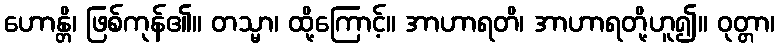
ဟောန္တိ၊ ဖြစ်ကုန်၏။ တသ္မာ၊ ထို့ကြောင့်။ အာဟာရတိ၊ အာဟာရတို့ဟူ၍။ ဝုတ္တာ၊